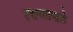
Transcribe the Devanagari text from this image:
श्यानतावाले